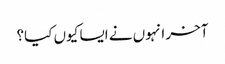
آخر انہوں نے ایسا کیوں کیا؟